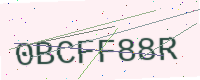
Text: 0BCFF88R